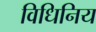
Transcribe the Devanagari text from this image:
विधिनिय